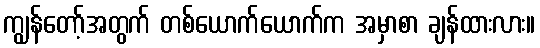
ကျွန်တော့်အတွက် တစ်ယောက်ယောက်က အမှာစာ ချန်ထားလား။